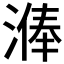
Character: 𣻈